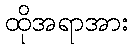
ထိုအရာအား